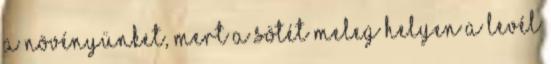
a növényünket, mert a sötét meleg helyen a levél